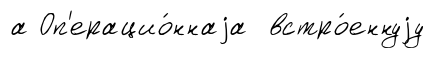
а Оп'ерацио́ннаjа встро́еннуjу